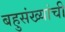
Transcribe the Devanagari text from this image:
बहुसंख्यांची